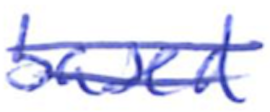
Text: based
Cross-out: double-line
Writing tool: ballpoint